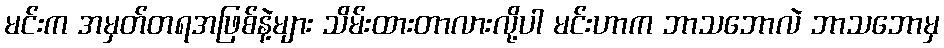
မင်းက အမှတ်တရအဖြစ်နဲ့များ သိမ်းထားတာလားလို့ပါ မင်းဟာက ဘာသဘောလဲ ဘာသဘောမှ